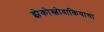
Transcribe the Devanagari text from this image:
झेकोस्लोवाकियाचा